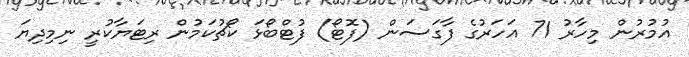
އުމުރުން މިހާރު 71 އަހަރުގެ ފާގަސަން (ފޮޓޯ) ފުޓްބޯޅަ ކޯޗުކަމުން ރިޓަޔާކުރީ ނިމިދިޔަ